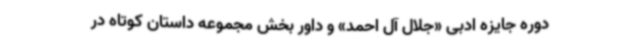
دوره جایزه ادبی «جلال آل احمد» و داور بخش مجموعه داستان کوتاه در